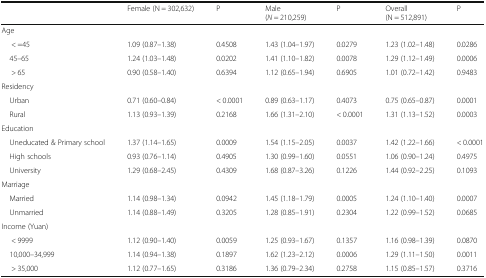
<table><thead><tr><td></td><td><b>Female (N = 302,632)</b></td><td><b>P</b></td><td><b>Male(<i>N</i> = 210,259)</b></td><td><b>P</b></td><td><b>Overall(N = 512,891)</b></td><td><b>P</b></td></tr></thead><tbody><tr><td colspan="7">Age</td></tr><tr><td>&lt; =45</td><td>1.09 (0.87–1.38)</td><td>0.4508</td><td>1.43 (1.04–1.97)</td><td>0.0279</td><td>1.23 (1.02–1.48)</td><td>0.0286</td></tr><tr><td> 45–65</td><td>1.24 (1.03–1.48)</td><td>0.0202</td><td>1.41 (1.10–1.82)</td><td>0.0078</td><td>1.29 (1.12–1.49)</td><td>0.0006</td></tr><tr><td>&gt; 65</td><td>0.90 (0.58–1.40)</td><td>0.6394</td><td>1.12 (0.65–1.94)</td><td>0.6905</td><td>1.01 (0.72–1.42)</td><td>0.9483</td></tr><tr><td colspan="7">Residency</td></tr><tr><td> Urban</td><td>0.71 (0.60–0.84)</td><td>&lt; 0.0001</td><td>0.89 (0.63–1.17)</td><td>0.4073</td><td>0.75 (0.65–0.87)</td><td>0.0001</td></tr><tr><td> Rural</td><td>1.13 (0.93–1.39)</td><td>0.2168</td><td>1.66 (1.31–2.10)</td><td>&lt; 0.0001</td><td>1.31 (1.13–1.52)</td><td>0.0003</td></tr><tr><td colspan="7">Education</td></tr><tr><td> Uneducated &amp; Primary school</td><td>1.37 (1.14–1.65)</td><td>0.0009</td><td>1.54 (1.15–2.05)</td><td>0.0037</td><td>1.42 (1.22–1.66)</td><td>&lt; 0.0001</td></tr><tr><td> High schools</td><td>0.93 (0.76–1.14)</td><td>0.4905</td><td>1.30 (0.99–1.60)</td><td>0.0551</td><td>1.06 (0.90–1.24)</td><td>0.4975</td></tr><tr><td> University</td><td>1.29 (0.68–2.45)</td><td>0.4309</td><td>1.68 (0.87–3.26)</td><td>0.1226</td><td>1.44 (0.92–2.25)</td><td>0.1093</td></tr><tr><td colspan="7">Marriage</td></tr><tr><td> Married</td><td>1.14 (0.98–1.34)</td><td>0.0942</td><td>1.45 (1.18–1.79)</td><td>0.0005</td><td>1.24 (1.10–1.40)</td><td>0.0007</td></tr><tr><td> Unmarried</td><td>1.14 (0.88–1.49)</td><td>0.3205</td><td>1.28 (0.85–1.91)</td><td>0.2304</td><td>1.22 (0.99–1.52)</td><td>0.0685</td></tr><tr><td colspan="7">Income (Yuan)</td></tr><tr><td>&lt; 9999</td><td>1.12 (0.90–1.40)</td><td>0.0059</td><td>1.25 (0.93–1.67)</td><td>0.1357</td><td>1.16 (0.98–1.39)</td><td>0.0870</td></tr><tr><td> 10,000–34,999</td><td>1.14 (0.94–1.38)</td><td>0.1897</td><td>1.62 (1.23–2.12)</td><td>0.0006</td><td>1.29 (1.11–1.50)</td><td>0.0011</td></tr><tr><td>&gt; 35,000</td><td>1.12 (0.77–1.65)</td><td>0.3186</td><td>1.36 (0.79–2.34)</td><td>0.2758</td><td>1.15 (0.85–1.57)</td><td>0.3716</td></tr></tbody></table>